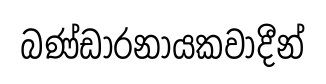
බණ්ඩාරනායකවාදීන්